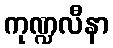
ကုဏ္ဍလီနာ